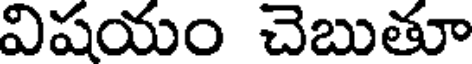
విషయం చెబుతూ